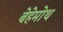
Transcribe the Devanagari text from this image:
बेहेमोथ